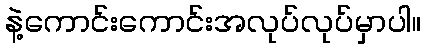
နဲ့ကောင်းကောင်းအလုပ်လုပ်မှာပါ။